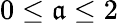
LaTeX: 0\leq\mathfrak{a}\leq2